Indian journal of veterinary science and animal husbandry - Volume 2,
Year: 1932
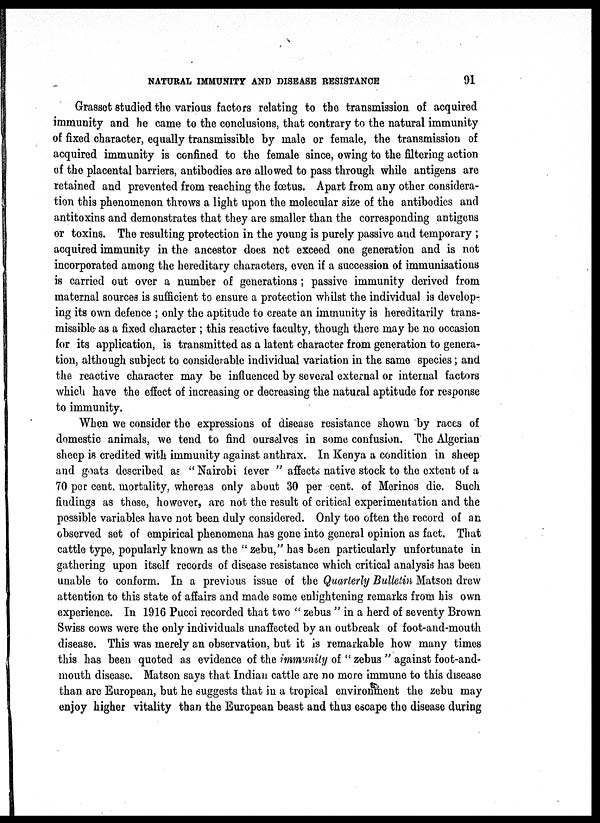
NATURAL IMMUNITY AND DISEASE RESISTANCE
91
Grasset studied the various factors relating to the transmission of acquired
immunity and he came to the conclusions, that contrary to the natural immunity
of fixed character, equally transmissible by male or female, the transmission of
acquired immunity is confined to the female since, owing to the filtering action
of the placental barriers, antibodies are allowed to pass through while antigens are
retained and prevented from reaching the fœtus. Apart from any other considera-
tion this phenomenon throws a light upon the molecular size of the antibodies and
antitoxins and demonstrates that they are smaller than the corresponding antigens
or toxins. The resulting protection in the young is purely passive and temporary ;
acquired immunity in the ancestor does not exceed one generation and is not
incorporated among the hereditary characters, even if a succession of immunisations
is carried out over a number of generations ; passive immunity derived from
maternal sources is sufficient to ensure a protection whilst the individual is develop-
ing its own defence ; only the aptitude to create an immunity is hereditarily trans-
missible as a fixed character ; this reactive faculty, though there may be no occasion
for its application, is transmitted as a latent character from generation to genera-
tion, although subject to considerable individual variation in the same species; and
the reactive character may be influenced by several external or internal factors
which have the effect of increasing or decreasing the natural aptitude for response
to immunity.
When we consider the expressions of disease resistance shown by races of
domestic animals, we tend to find ourselves in some confusion. The Algerian
sheep is credited with immunity against anthrax. In Kenya a condition in sheep
and goats described as " Nairobi fever " affects native stock to the extent of a
70 per cent. mortality, whereas only about 30 per cent. of Merinos die. Such
findings as those, however, are not the result of critical experimentation and the
possible variables have not been duly considered. Only too often the record of an
observed set of empirical phenomena has gone into general opinion as fact. That
cattle type, popularly known as the " zebu," has been particularly unfortunate in
gathering upon itself records of disease resistance which critical analysis has been
unable to conform. In a previous issue of the Quarterly Bulletin Matson drew
attention to this state of affairs and made some enlightening remarks from his own
experience. In 1916 Pucci recorded that two " zebus " in a herd of seventy Brown
Swiss cows were the only individuals unaffected by an outbreak of foot-and-mouth
disease. This was merely an observation, but it is remarkable how many times
this has been quoted as evidence of the immunity of " zebus " against foot-and-
mouth disease. Matson says that Indian cattle are no more immune to this disease
than are European, but he suggests that in a tropical environment the zebu may
enjoy higher vitality than the European beast and thus escape the disease during